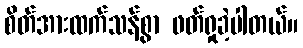
စိတ်အားထက်သန်စွာ ဖတ်ရှုခဲ့ပါတယ်။